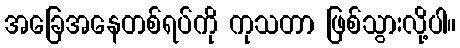
အခြေအနေတစ်ရပ်ကို ကုသတာ ဖြစ်သွားလို့ပါ။